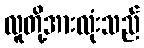
လူတို့အားလုံးသည်